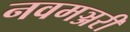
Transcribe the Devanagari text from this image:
नवमञ्जरी